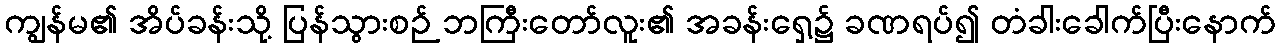
ကျွန်မ၏ အိပ်ခန်းသို့ ပြန်သွားစဉ် ဘကြီးတော်လူး၏ အခန်းရှေ့၌ ခဏရပ်၍ တံခါးခေါက်ပြီးနောက်